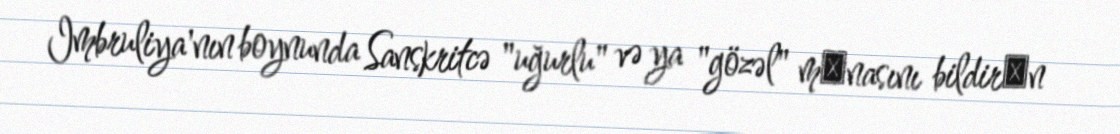
Imbruliya'nın boynunda Sanskritcə "uğurlu" və ya "gözəl" mәnasını bildirәn